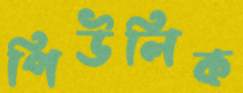
পিউলিক